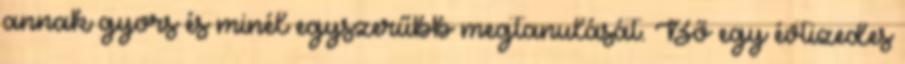
annak gyors és minél egyszerűbb megtanulását. Bő egy évtizedes